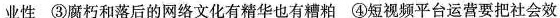
业性 ③腐朽和落后的网络文化有精华也有糟粕 ④短视频平台运营要把社会效